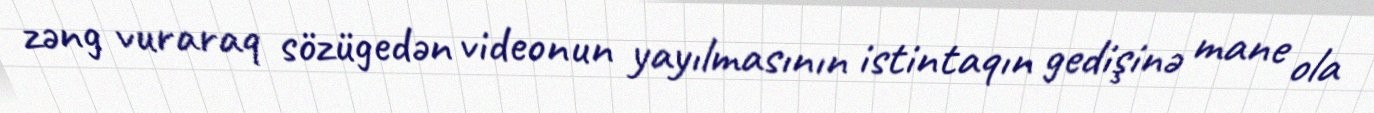
zəng vuraraq sözügedən videonun yayılmasının istintaqın gedişinə mane ola